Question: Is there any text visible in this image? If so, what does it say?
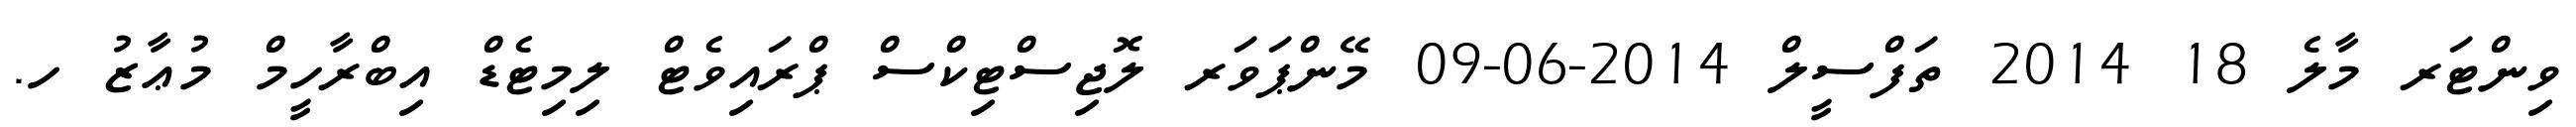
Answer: ވިންޓަރ މާލެ 18 2014 ތަފްސީލް 2014-06-09 މޭންޕަވަރ ލޮޖިސްޓިކްސް ޕްރައިވެޓް ލިމިޓެޑް އިބްރާހީމް މުޢާޒު ހ.